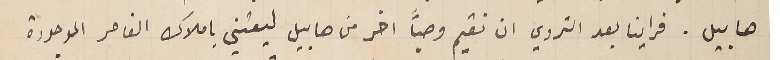
هابيل. فراينا بعد التروي ان نقيم وصياً اخر من هابيل ليعتني باملاك القاصر الموجودة